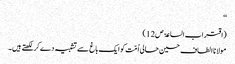
‘‘
(اقتراب الساعۃ ص12)
مولانا الطاف حسین حالی اُمّت کو ایک باغ سے تشبیہ دے کرلکھتے ہیں۔